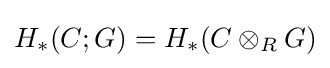
H_{*}(C;G)=H_{*}(C\otimes _{R}G)